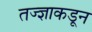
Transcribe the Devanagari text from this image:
तज्‍ज्ञाकडून